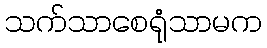
သက်သာစေရုံသာမက